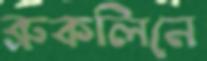
ব্রুকলিনে